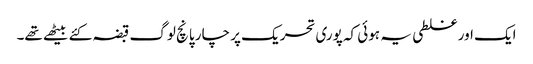
ایک اور غلطی یہ ہوئی کہ پوری تحریک پر چار پانچ لوگ قبضہ کئے بیٹھے تھے۔